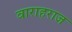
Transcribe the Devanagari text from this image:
वाराहराज